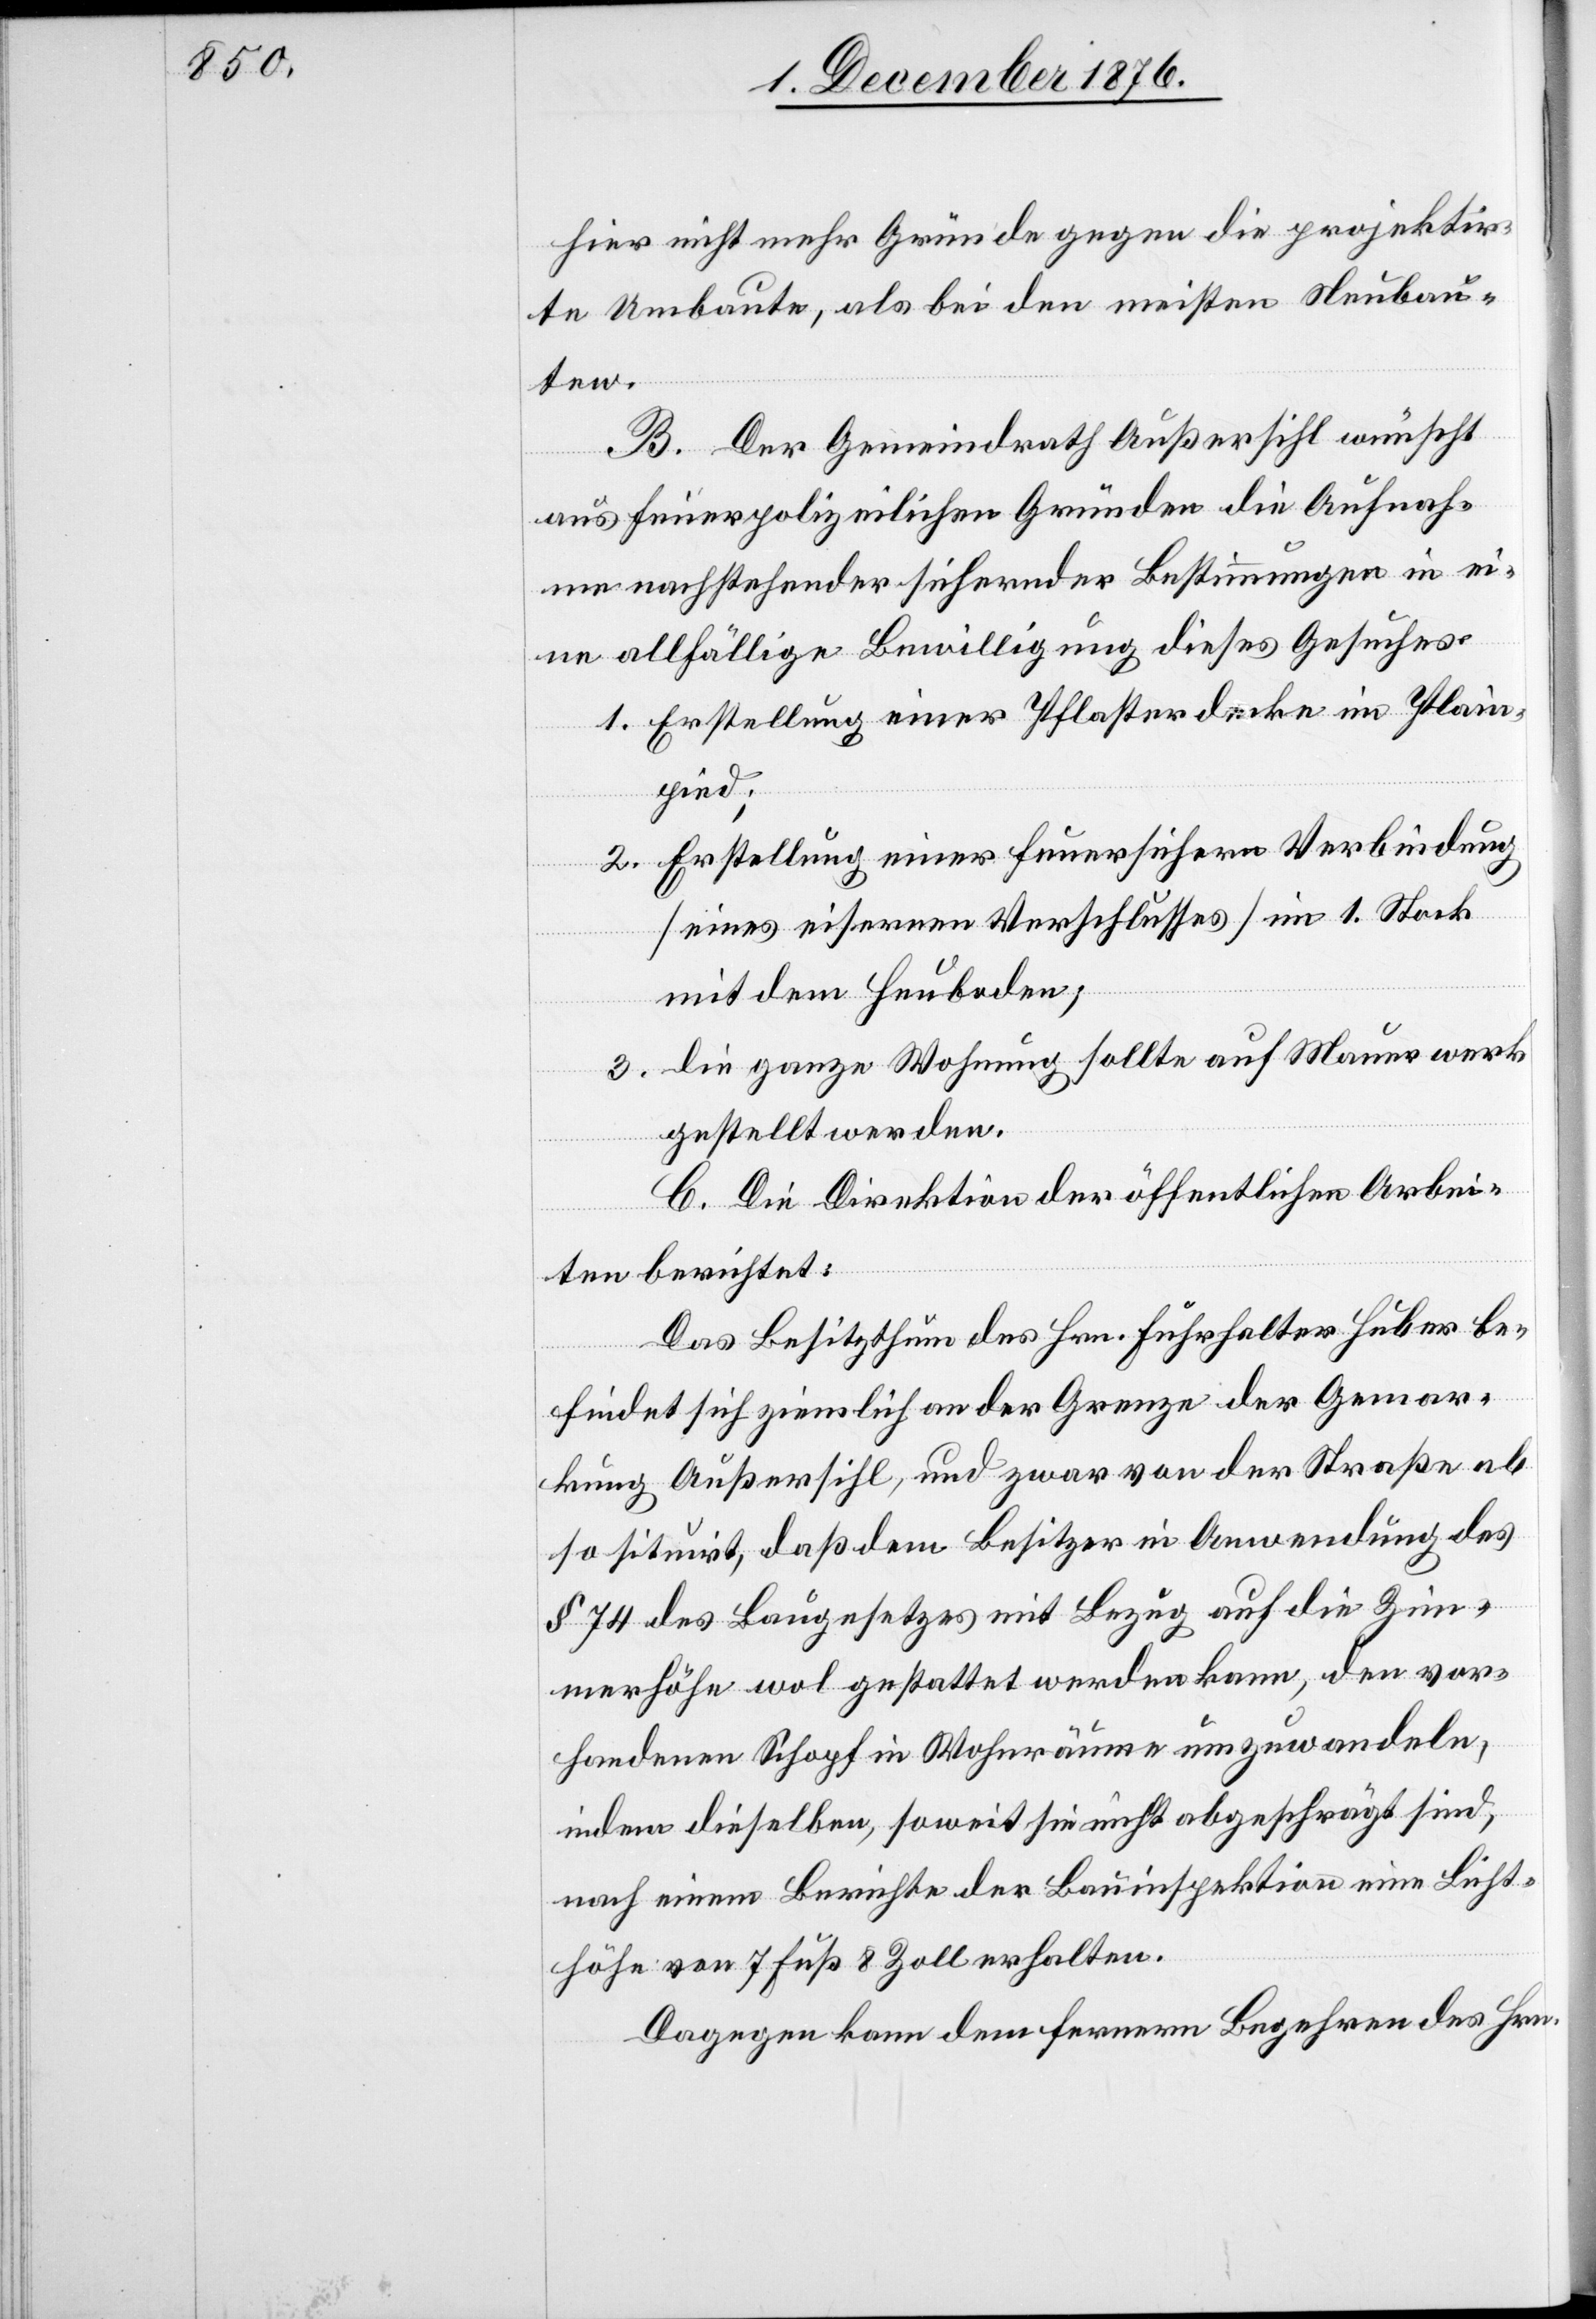
hier nicht mehr Gründe gegen die projektir¬
te Umbaute, als bei den meisten Neubau¬
ten.
B. Der Gemeindrath Außersihl wünscht
aus feuerpolizeilichen Gründen die Aufnah¬
me nachstehender sichernder Bestimmungen in ei¬
ne allfällige Bewilligung dieses Gesuches.
1. Erstellung einer Pflasterdecke im Plain¬
pied;
2. Erstellung einer feuersichern Verbindung
[eines eisernen Verschlusses] im 1. Stock
mit dem Heuboden;
3. die ganze Wohnung sollte auf Mauerwerk
gestellt werden.
C. Die Direktion der öffentlichen Arbei¬
ten berichtet:
Das Besitzthum des Hrn. Fuhrhalter Huber be¬
findet sich ziemlich an der Grenze der Gemar¬
kung Außersihl, und zwar von der Straße ab
so situirt, daß dem Besitzer in Anwendung des
§ 74 des Baugesetzes mit Bezug auf die Zim¬
merhöhe wol gestattet werden kann, den vor¬
handenen Schopf in Wohnräume umzuwandeln,
indem dieselben, soweit sie nicht abgeschrägt sind,
nach einem Berichte der Bauinspektion eine Licht¬
höhe von 7 Fuß 8 Zoll erhalten.
Dagegen kann dem fernern Begehren des Hrn.